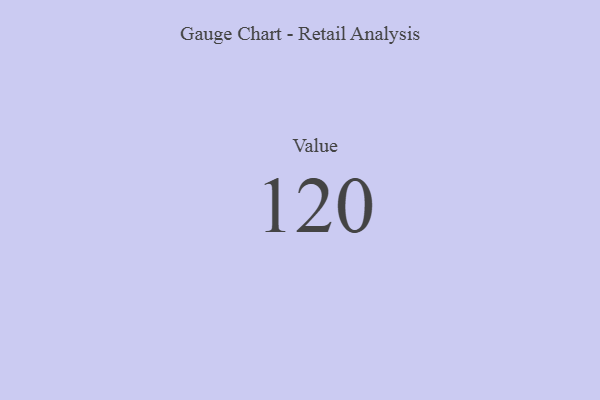
{"axis": {"x": "Metric", "y": "Value"}, "legend": [""], "data": [{"x": "Value", "y": 120, "type": ""}]}